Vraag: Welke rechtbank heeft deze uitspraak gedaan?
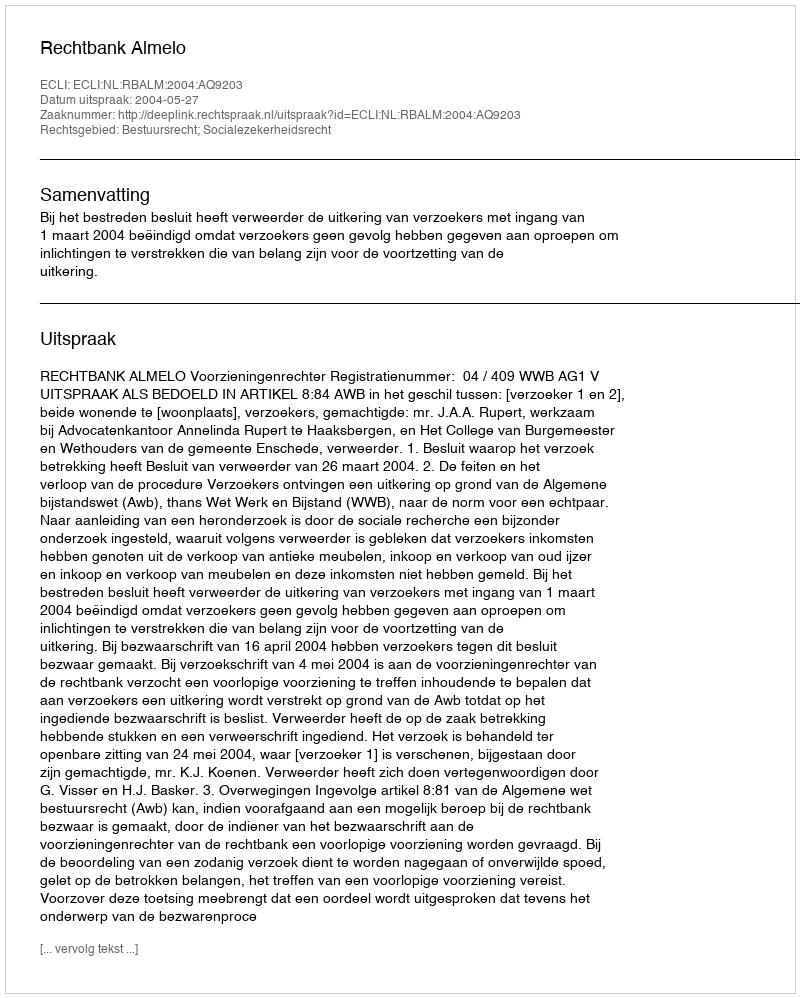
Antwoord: Rechtbank Almelo